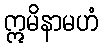
ဣမိနာမဟံ